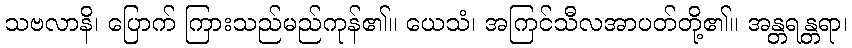
သဗလာနိ၊ ပြောက် ကြားသည်မည်ကုန်၏။ ယေသံ၊ အကြင်သီလအာပတ်တို့၏။ အန္တရန္တရာ၊